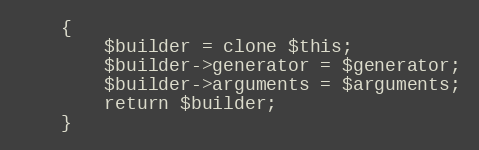
Language: PHP
    {
        $builder = clone $this;
        $builder->generator = $generator;
        $builder->arguments = $arguments;
        return $builder;
    }